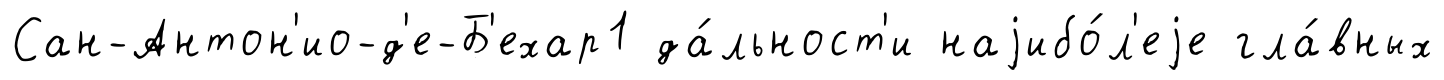
Сан-Антон'ио-д'е-Б'ехар1 да́льност'и наjибо́л'еjе гла́вных